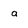
Character: a